V__Kingissepa_nim__kolhoos, lk 36
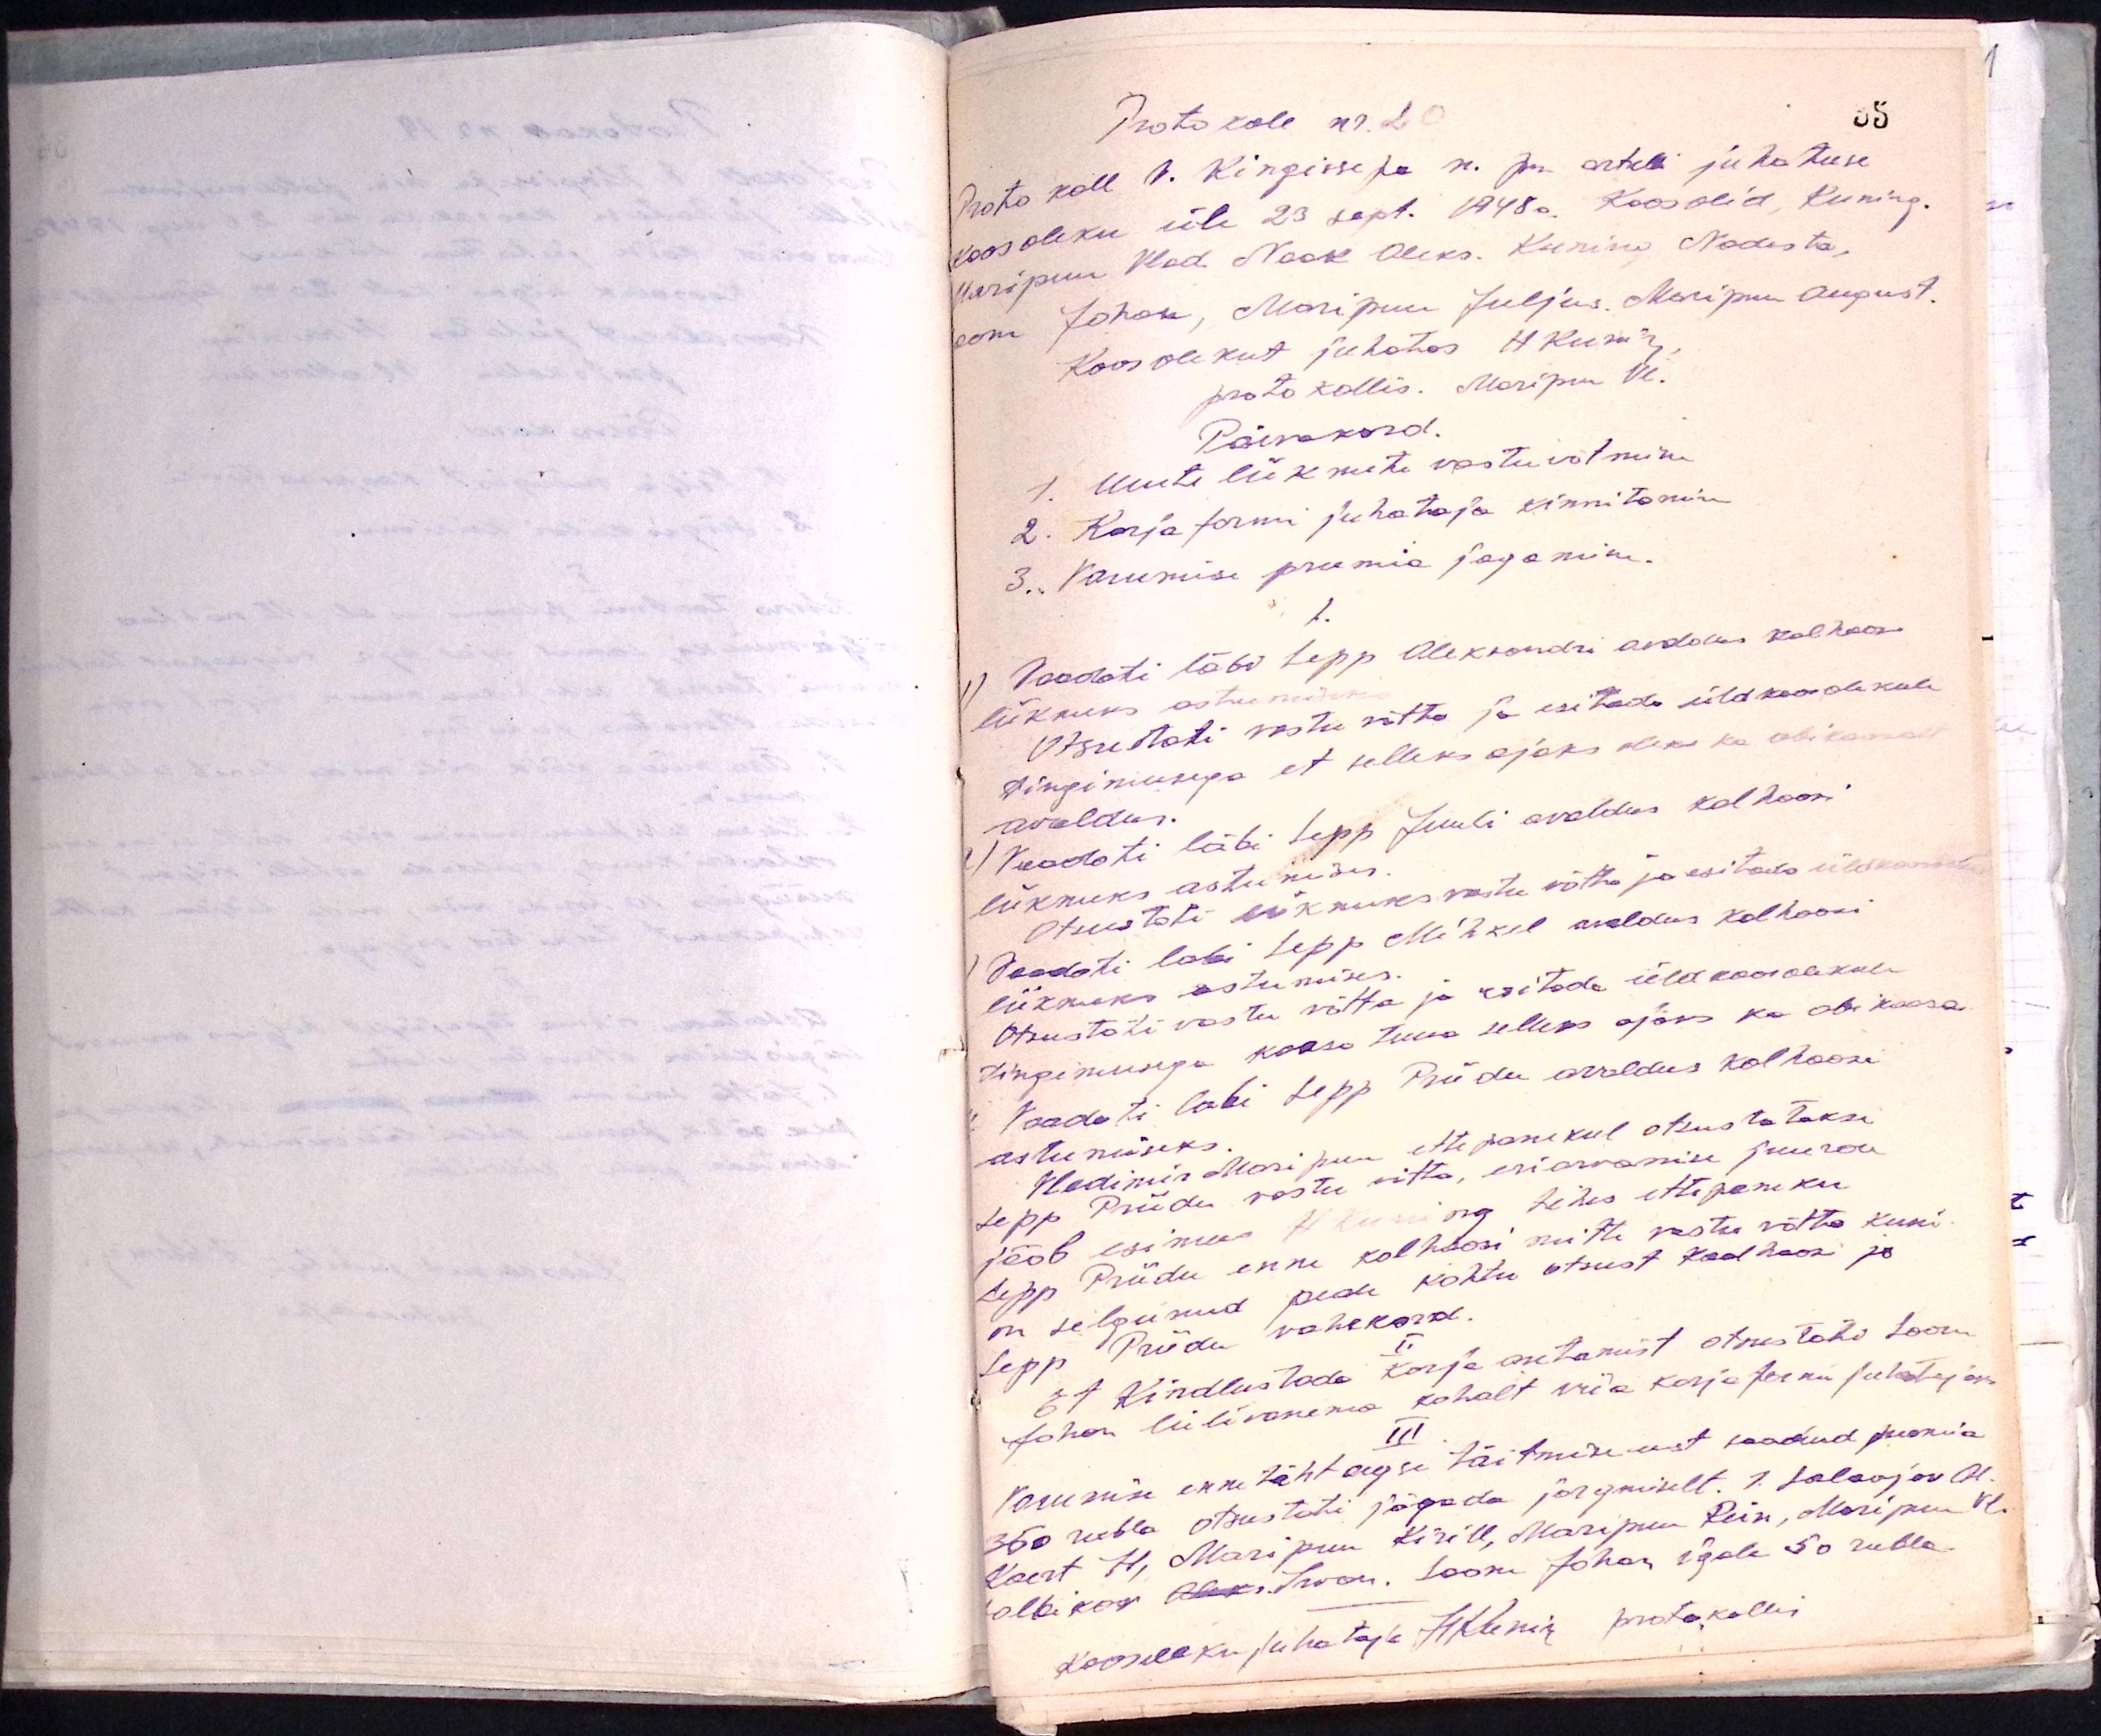
Protokoll nr. 20
Protokoll V. Kingissepa n. pm. artelli juhatuse
koosoleku üle 23 sept. 1948a. Koos olid, Kuning.
Maripuu Vlad. Naak Aleks. Kurina Nadesta,
oom Johan, Maripuu Juljus. Maripuu August.
Koosolekut juhatas H Kuning
protokollis. Maripuu A.
Päevakord.
1. Uute liikmete vastuvõtmine
2. Karja farmi juhataja kinnitamine
3. Varumise preemia jagamine.
I
1) Vaadati läbi Lepp Aleksandri avaldus kolhoosi
liikmeks astumiseks
Otsustati vastu võtta ja esitada üldkoosolekule
tingimusega et selleks ajaks oleks ka abikaasa
avaldus.
Vaadati läbi Lepp Juuli avaldus kolhoosi
liikmeks astumiseks
Otsustati liikmeks vastu võtta ja esitada üldkoosolekule
Vaadati läbi Lepp Mihkel avaldus kolhoosi
liikmeks astumiseks
Otsustati vastu võtta ja esitada üldkoosolekule
tingimusega kaasa tuua selleks ajaks ka abikaasa
Vaadeti läbi Sepp Priidu avaldus kolhoosi
Otsustati vastu võtta ja esitada üldkoosolekule
astumiseks
Vladimir Maripuu ettepanekul otsustatakse
Lepp Priidu vastu võtta, eriarvamise juurde
tööb esimees H. Kuning tehes ettepaneku
Lepp Priidu enne kolhoosi mitte vastu võtta kuni
on selgunud peale kohtu otsust kolhoosi ja
Lepp Priidu vahekord.
II
Et Kindlustada karja aretamist otsustati Soom
Johan lülivanema kohalt viia karja farmi juhatajaks
III
Varumise ennetähtaegse täitmise eest saadud preemia
350 rubla otsustati jägada järgmiselt. J. Solovjon H
Korst H, Maripuu Kirill, Maripuu Rein, Maripuu Vl.
elbiko Alk Iwon. Soom Johan igale 50 rubla
koosoleku juhataja Helenik protokolli